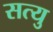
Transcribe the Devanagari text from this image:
सत्यु